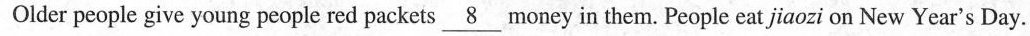
Olderpeople give young people red packets\underline{8}money in them. People eat jiaozi on New Year's Day.